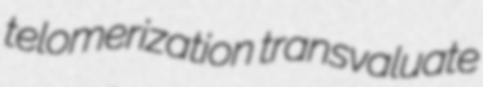
telomerization transvaluate